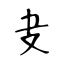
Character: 叏